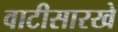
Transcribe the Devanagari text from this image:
वाटीसारखे